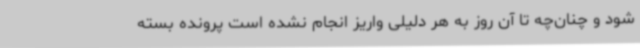
شود و چنان‌چه تا آن روز به هر دلیلی واریز انجام نشده است پرونده بسته